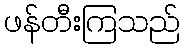
ဖန်တီးကြသည်